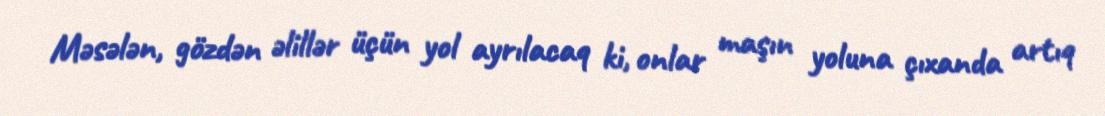
Məsələn, gözdən əlillər üçün yol ayrılacaq ki, onlar maşın yoluna çıxanda artıq